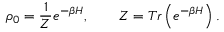
\rho _ { 0 } = \frac { 1 } { Z } e ^ { - \beta H } , \qquad Z = T r \left( e ^ { - \beta H } \right) .